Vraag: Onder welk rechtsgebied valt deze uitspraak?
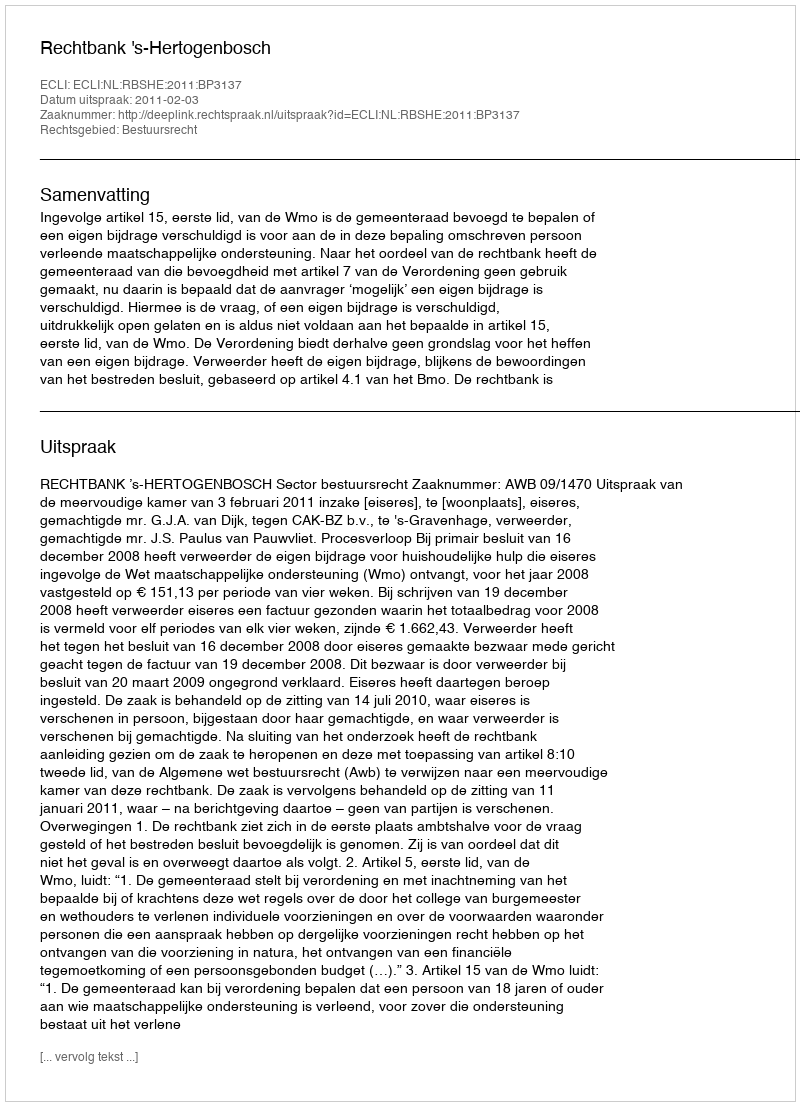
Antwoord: Bestuursrecht